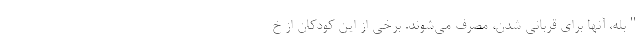
"بله، آنها برای قربانی شدن، مصرف می‌شوند. برخی از این کودکان از خ